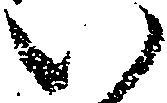
い